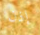
إذن